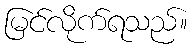
မြင်လိုက်ရသည်။